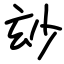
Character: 玅